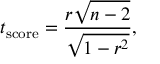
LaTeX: t _ { \mathrm { s c o r e } } = { \frac { r { \sqrt { n - 2 } } } { \sqrt { 1 - r ^ { 2 } } } } ,